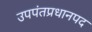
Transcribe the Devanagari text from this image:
उपपंतप्रधानपद